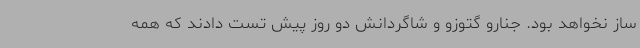
ساز نخواهد بود. جنارو گتوزو و شاگردانش دو روز پیش تست دادند که همه